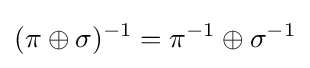
(\pi \oplus \sigma )^{-1}=\pi ^{-1}\oplus \sigma ^{-1}